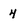
Character: 4